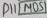
Text: D11 MOS1